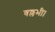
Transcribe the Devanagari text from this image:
वल्लभी।